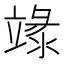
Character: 𥪬